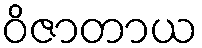
ဝိဇာတာယ